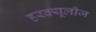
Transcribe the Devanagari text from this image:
हरक्यूलीज